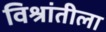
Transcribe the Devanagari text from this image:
विश्रांतीला